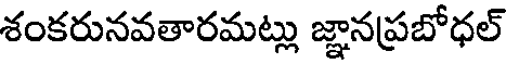
శంకరునవతారమట్లు జ్ఞానప్రబోధల్